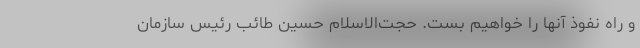
و راه نفوذ آنها را خواهیم بست. حجت‌الاسلام حسین طائب رئیس سازمان